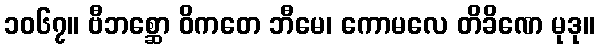
၁၀၆၇။ ဗီဘစ္ဆော ဝိကတေ ဘီမေ၊ ကောမလေ တိခိဏေ မုဒု။